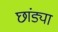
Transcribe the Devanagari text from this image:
छांड्या